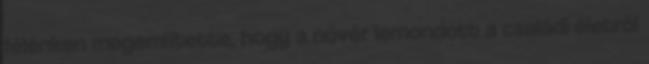
félénken megemlítette, hogy a nővér lemondott a családi életről